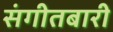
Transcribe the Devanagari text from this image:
संगीतबारी